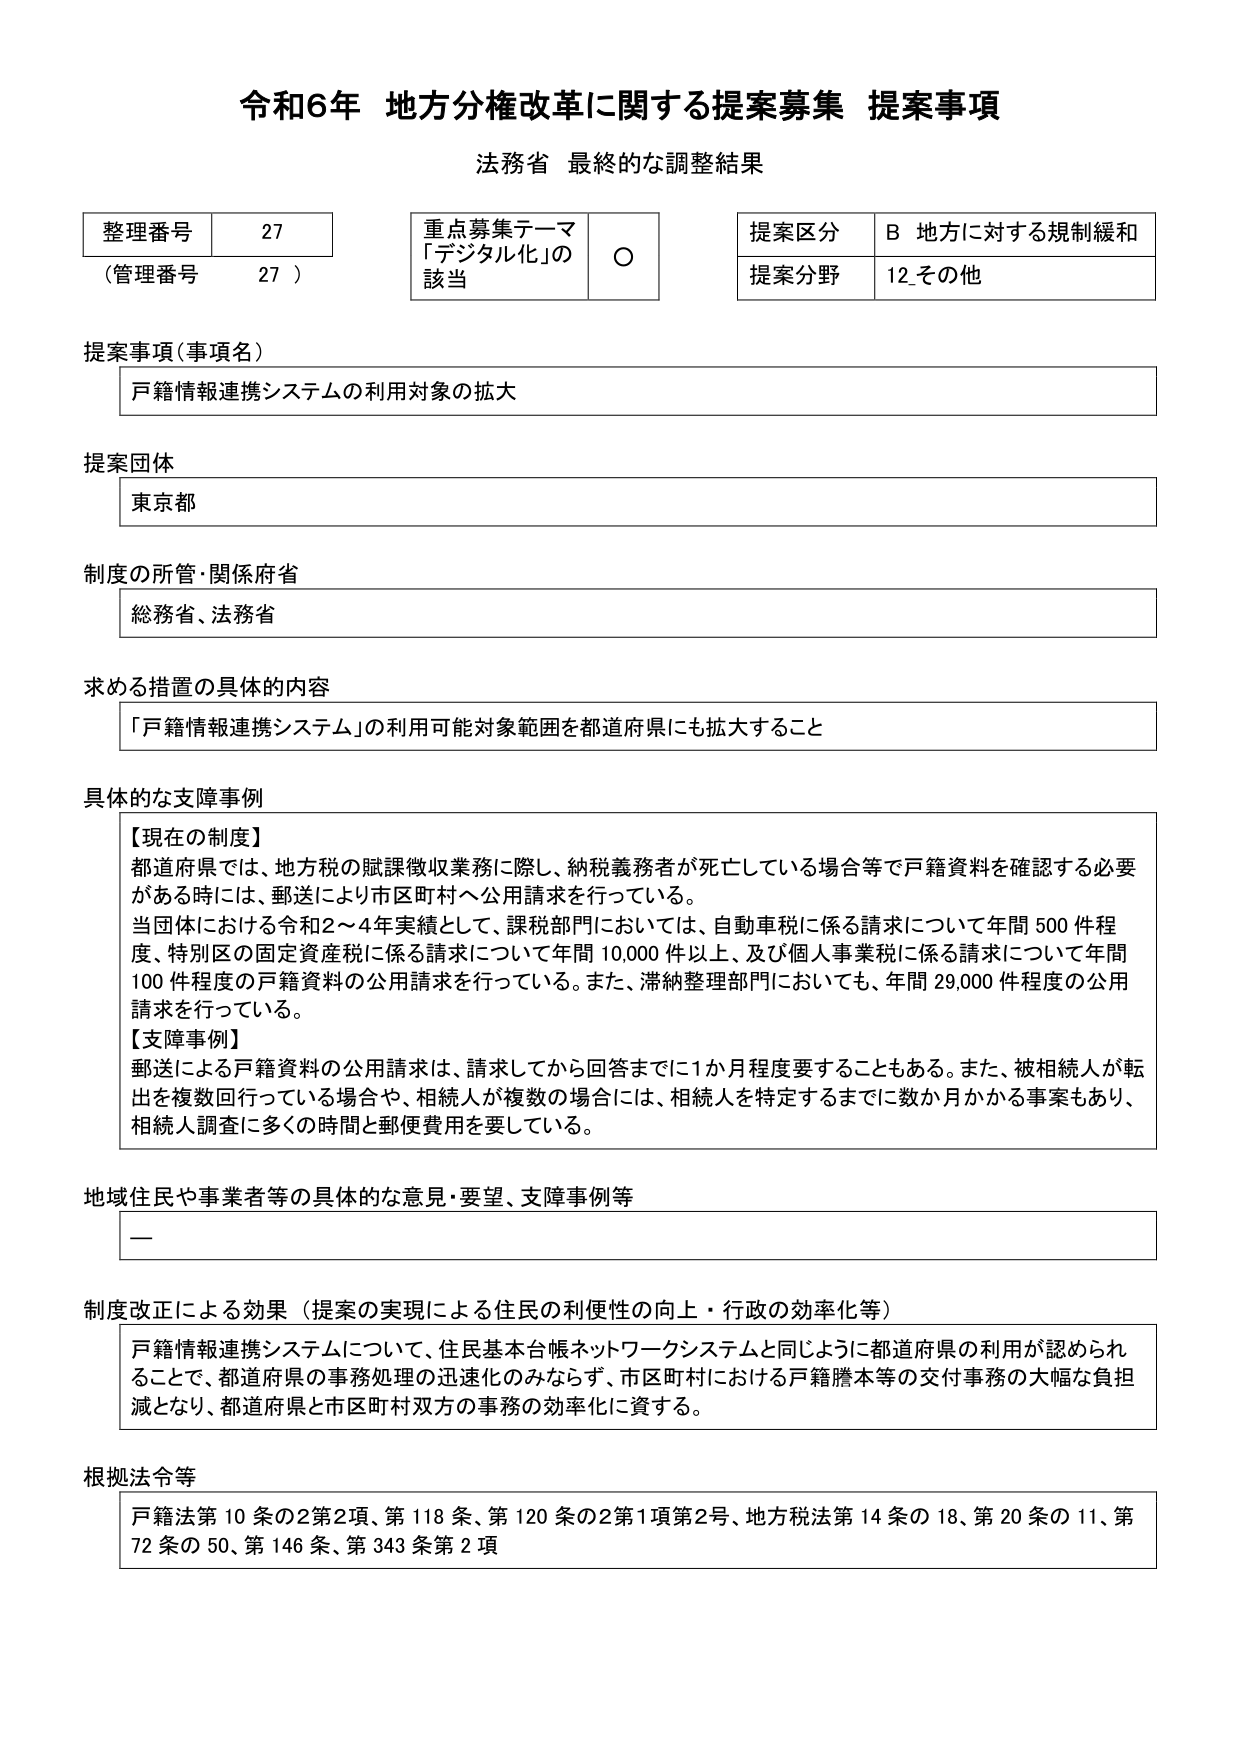
令和6年 地方分権改革に関する提案募集 提案事項
法務省 最終的な調整結果

整理番号 27
（管理番号 27）

重点募集テーマ
「デジタル化」の
該当 ○

提案区分 B 地方に対する規制緩和
提案分野 12-その他

提案事項（事項名）
戸籍情報連携システムの利用対象の拡大

提案団体
東京都

制度の所管・関係府省
総務省、法務省

求める措置の具体的内容
「戸籍情報連携システム」の利用可能対象範囲を都道府県にも拡大すること

具体的な支障事例
【現在の制度】
都道府県では、地方税の賦課徴収業務に際し、納税義務者が死亡している場合等で戸籍資料を確認する必要がある時には、郵送により市区町村へ公用請求を行っている。
当団体における令和2～4年実績として、課税部門においては、自動車税に係る請求について年間500件程度、特別区の固定資産税に係る請求について年間10,000件以上、及び個人事業税に係る請求について年間100件程度の戸籍資料の公用請求を行っている。また、滞納整理部門においても、年間29,000件程度の公用請求を行っている。
【支障事例】
郵送による戸籍資料の公用請求は、請求してから回答までに1か月程度要することもある。また、被相続人が転出を複数回行っている場合や、相続人が複数の場合には、相続人を特定するまでに数か月かかる事案もあり、相続人調査に多くの時間と郵便費用を要している。

地域住民や事業者等の具体的な意見・要望、支障事例等
ー

制度改正による効果（提案の実現による住民の利便性の向上・行政の効率化等）
戸籍情報連携システムについて、住民基本台帳ネットワークシステムと同じように都道府県の利用が認められることで、都道府県の事務処理の迅速化のみならず、市区町村における戸籍謄本等の交付事務の大幅な負担減となり、都道府県と市区町村双方の事務の効率化に資する。

根拠法令等
戸籍法第10条の2第2項、第118条、第120条の2第1項第2号、地方税法第14条の18、第20条の11、第72条の50、第146条、第343条第2項